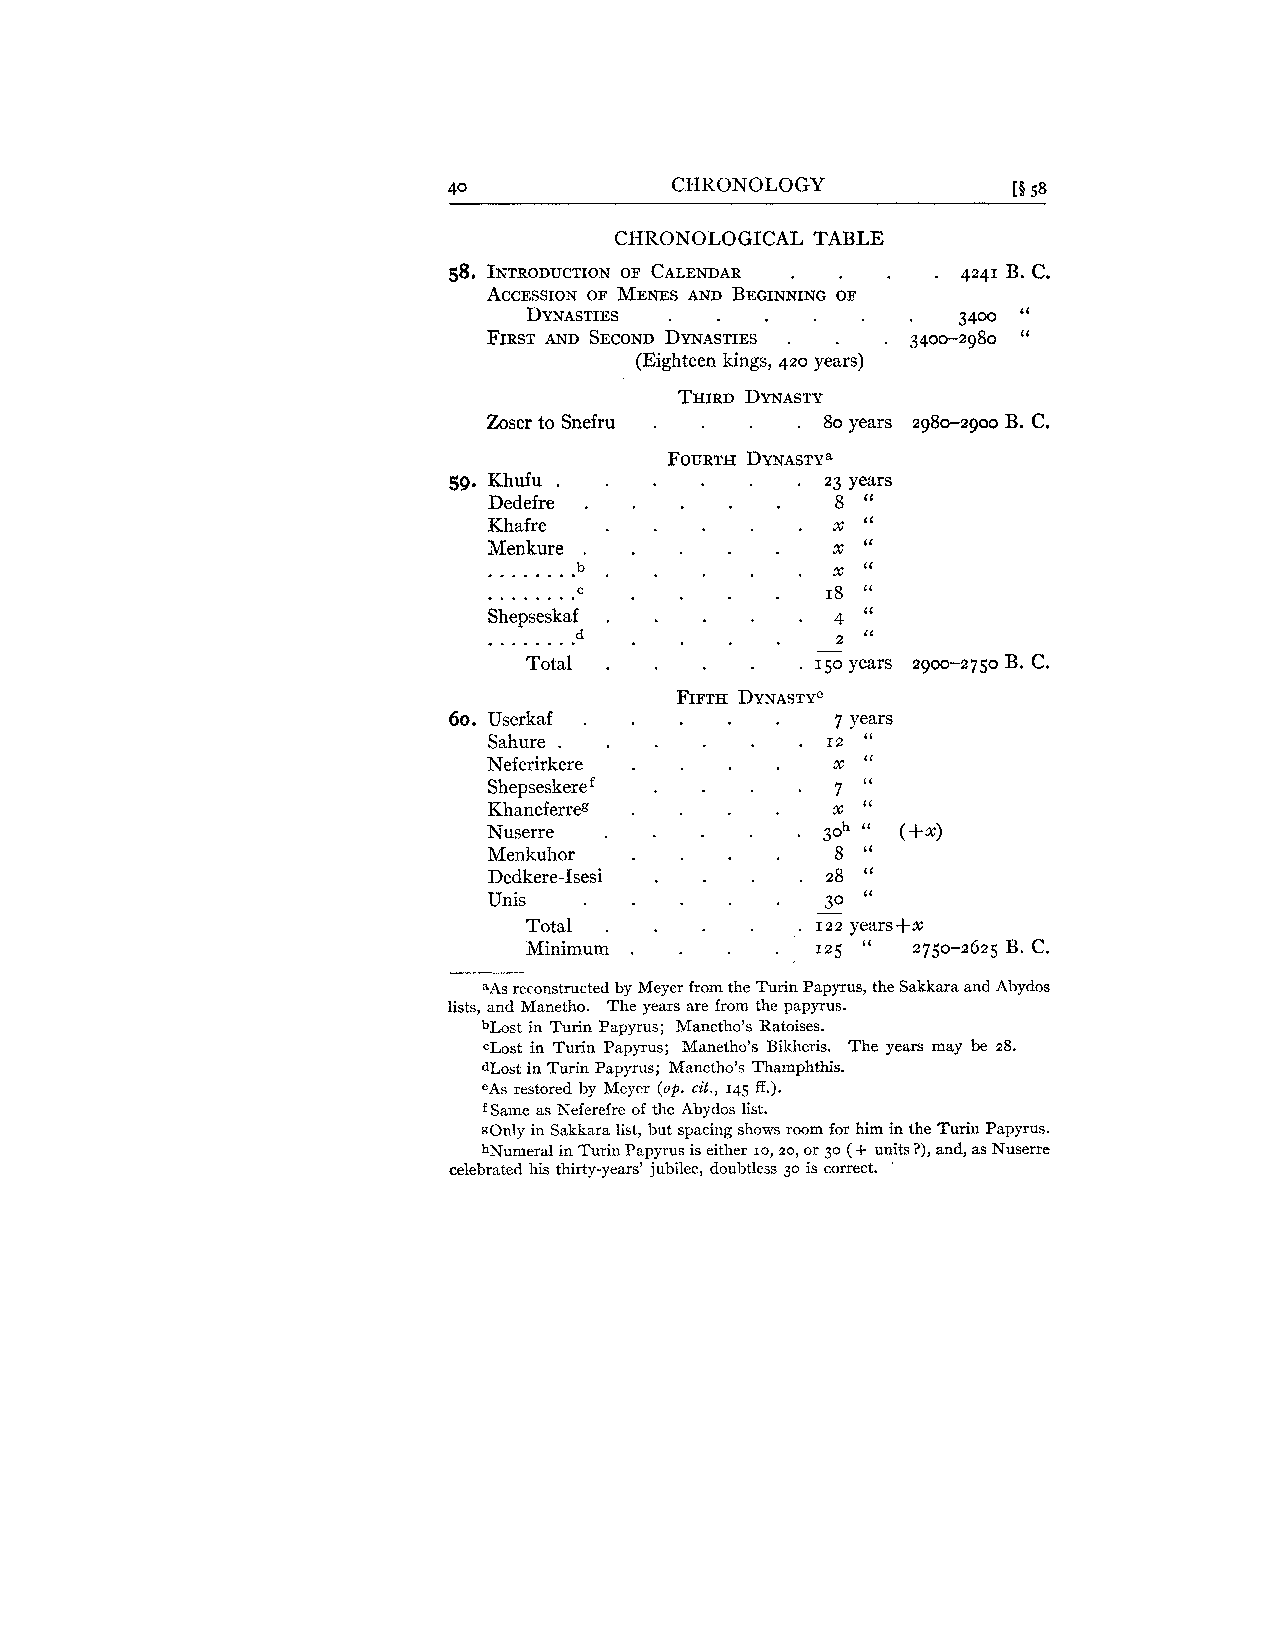
40             CHRONOLOGY            [B 58
 CHRONOLOGICAL TABLE
 .         .
 58. INTRODUCOFT CIOALNE NDAR      4241 B. C.
 ACCESSIONOF MENESA ND BEGINNINGOF
 DYNASTIES .              .  3400
 FIRSTA ND SECONDD YNASTIES . . 3400-2980 "
 (Eighteen kings, 420 years)
 THIRDD YNASTY
 Zoser to Snefru .    . 80 years 2980-2900 B. C.
 FOURTHD YNASTY~
 59. Khufu .            . 23 years
 Dedefre .              8 "
 .
 Khafre                 X U
 M . .e .n .k .u r .e . .b . . X X " "
 . . . . . . . . C  .   18 "
 .
 S
 .
 h .e .p .s e
 .
 s .k .a f
 . d
 4 "
 Total
 FIFTH DYNASTY~
 60. Userkaf .            7 years
 Sahure .             . I2 '(
 Neferirkere            X "
 .
 Shepseskeref           7 "
 Khaneferreg            X "
 Nuserre .
 Menkuhor
 Dedkere-Isesi
 Unis
 Total .
 Minimum
 &Asr econstructed by Meyer from the Turin Papyrus, the Sakkara and Abydos
 lists, and Manetho. The years are from the papyrus.
 bLost in Turin Papyrus; Manetho's Ratoises.
 CLost in Turin Papyrus; Manetho's Bikheris. The years may be 28.
 dLost in Turin Papyrus; Manetho's Thamphthis.
 eAs restored by Meyer (op. cit., 145 ff.).
 f Same as Neferefre of the Abydos list.
 gOnly in Sakkara list, but spacing shows room for him in the Turin Papyrus.
 hNumeral in Turin Papyrus is either 10, 20, or 30 (+ units ?), and, as Nuserre
 celebrated his thirty-years' jubilee, doubtless 30 is correct.